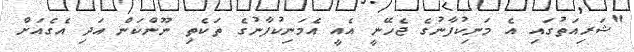
"ޝަރިއަތުގައި އެ މަނިކުފާނުގެ ޖެހޭނީ އެއީ އެމަނިކުފާނުގެ ތަކެތި ނޫންކަން އަދި އެގެއަށް